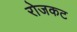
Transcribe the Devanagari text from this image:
रोजकट